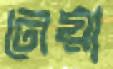
নেয়া